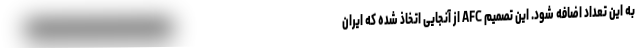
به این تعداد اضافه شود. این تصمیم AFC از آنجایی اتخاذ شده که ایران